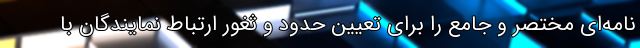
نامه‌ای مختصر و جامع را برای تعیین حدود و ثغور ارتباط نمایندگان با